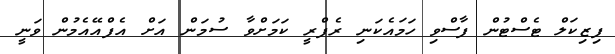
ފިޒިކަލް ޓެސްޓުން ފާސްވި ހަމައެކަނި ރެފްރީ ކަމަށްވާ ސުމަން އަށް އެފްއޭއެމުން ވަނީ